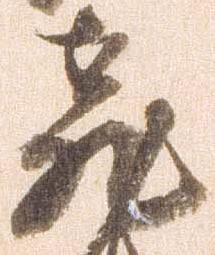
飛